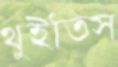
থুইতিস